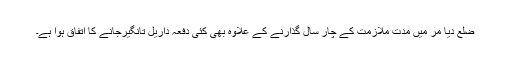
ضلع دیا مر میں مدت ملازمت کے چار سال گذارنے کے علاوہ بھی کئی دفعہ داریل تانگیرجانے کا اتفاق ہوا ہے۔